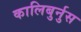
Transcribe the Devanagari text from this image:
कालिबुर्नुस